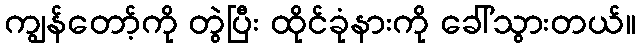
ကျွန်တော့်ကို တွဲပြီး ထိုင်ခုံနားကို ခေါ်သွားတယ်။